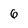
Character: 6